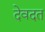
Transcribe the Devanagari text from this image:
देवदत